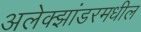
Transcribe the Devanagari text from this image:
अलेक्झांडरमधील